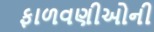
ફાળવણીઓની